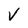
Character: V